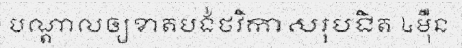
បណ្តាលឲ្យខាតបង់ថវិកាសរុបជិត ៤ម៉ឺន